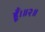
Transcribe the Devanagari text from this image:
हूँ।॥२॥